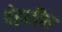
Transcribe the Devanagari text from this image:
देहरहित